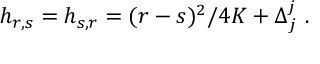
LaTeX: h _ { r , s } = h _ { s , r } = ( r - s ) ^ { 2 } / 4 K + \Delta _ { j } ^ { j } { } ~ .